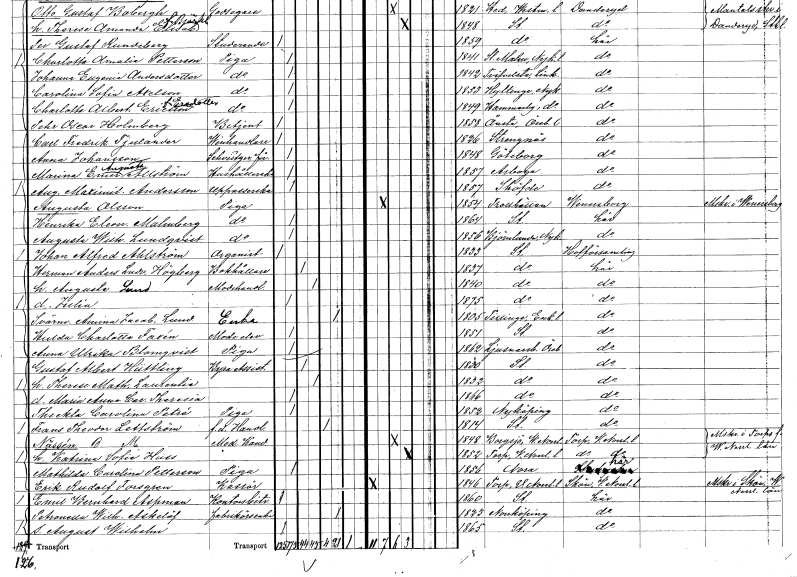
gt_parse: households: individuals: FN: Augusta
EN: Olsson
YRKE: Piga
KON: K
CIV: O
FODAR: 1854
FODFORS: Trollhättan Älvsborgs län
FN: Henrika Eleonora
EN: Malmberg
YRKE: Piga
KON: K
CIV: O
FODAR: 1864
FODFORS: Stockholm
FN: Augusta Wilhelmina
EN: Lundqvist
YRKE: Piga
KON: K
CIV: O
FODAR: 1856
FODFORS: Björnlunda Södermanlands län
FN: Johan Alfred
EN: Ahlström
YRKE: Organist
KON: M
CIV: O
FODAR: 1833
FODFORS: Stockholm
FN: Herman Anders Ludvig
EN: Högberg
YRKE: Bokhållare
KON: M
CIV: G
FODAR: 1837
FODFORS: Stockholm
FN: Augusta
EN: Lund
YRKE: Modehandlerska
KON: K
CIV: G
FODAR: 1840
FODFORS: Stockholm
FN: Julia
KON: K
CIV: O
FODAR: 1875
FODFORS: Stockholm
FN: Amina Jacobina
EN: Lund
YRKE: Änka
KON: K
CIV: E
FODAR: 1805
FODFORS: Tillinge Uppsala län
FN: Hulda Charlotta
EN: Faxén
YRKE: Modeelev
KON: K
CIV: O
FODAR: 1851
FODFORS: Stockholm
FN: Anna Ulrika
EN: Blomqvist
YRKE: Piga
KON: K
CIV: O
FODAR: 1862
FODFORS: Ljusnarsberg Örebro län
FN: Gustaf Albert
EN: Hüttling
YRKE: Byråassistent
KON: M
CIV: G
FODAR: 1830
FODFORS: Stockholm
FN: Therese Mathilda Laurentia
KON: K
CIV: G
FODAR: 1832
FODFORS: Stockholm
FN: Maria Anna Carolina Theresia
KON: K
CIV: O
FODAR: 1866
FODFORS: Stockholm
FN: Theckla Carolina
EN: Petré
YRKE: Piga
KON: K
CIV: O
FODAR: 1852
FODFORS: Nyköping Södermanlands län
FN: Frans Theodor
EN: Lettström
YRKE: Handlande f.d.
KON: M
CIV: E
FODAR: 1814
FODFORS: Stockholm
FN: B. M.
EN: Nässén
YRKE: Medicine kandidat
KON: M
CIV: G
FODAR: 1848
FODFORS: Borgsjö Västernorrlands län
FN: Katrina Sofia
EN: Huss
KON: K
CIV: G
FODAR: 1852
FODFORS: Torp Västernorrlands län
FN: Mathilda Carolina
EN: Petterson
YRKE: Piga
KON: K
CIV: O
FODAR: 1856
FN: Erik Rudolf
EN: Forsgren
YRKE: Kassör
KON: M
CIV: O
FODAR: 1846
FODFORS: Torp Västernorrlands län
FN: Emil Bernhard
EN: Aspman
YRKE: Kontorsbiträde
KON: M
CIV: O
FODAR: 1860
FODFORS: Stockholm
FN: Petronella Wilhelmina
EN: Askelöf
YRKE: Fabrikörsänka
KON: K
CIV: E
FODAR: 1823
FODFORS: Norrköping Östergötlands län
FN: August Wilhelm
KON: M
CIV: O
FODAR: 1865
FODFORS: Stockholm